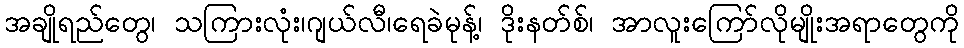
အချိုရည်တွေ၊ သကြားလုံး၊ဂျယ်လီ၊ရေခဲမုန့်၊ ဒိုးနတ်စ်၊ အာလူးကြော်လိုမျိုးအရာတွေကို